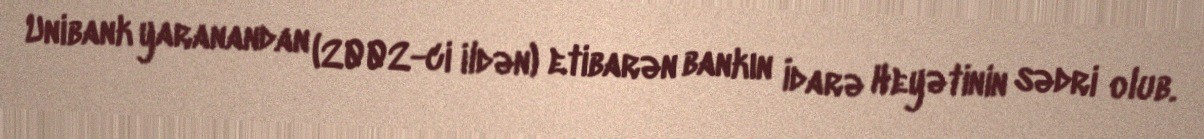
Unibank yaranandan (2002-ci ildən) etibarən bankın İdarə Heyətinin sədri olub.